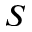
S